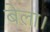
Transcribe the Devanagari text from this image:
बेला।